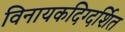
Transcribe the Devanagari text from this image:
विनायकदिग्दर्शित